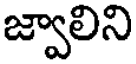
జ్వాలిని